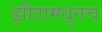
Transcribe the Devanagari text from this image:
झीटामधूनच